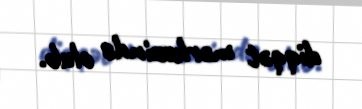
diqqət mərkəzində olub.